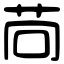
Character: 苘